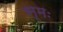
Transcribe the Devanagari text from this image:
स्मः